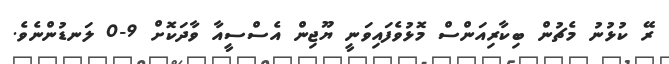
ރޭ ކުޅުނު މެޗުން ބިކާރިއަންސް މޮޅުވެފައިވަނީ ޔޫޖިން އެސްސީއާ ވާދަކޮށް 9-0 ލަނޑުންނެވެ.